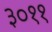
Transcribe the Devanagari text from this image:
३०११